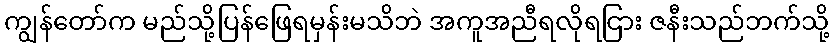
ကျွန်တော်က မည်သို့ပြန်ဖြေရမှန်းမသိဘဲ အကူအညီရလိုရငြား ဇနီးသည်ဘက်သို့